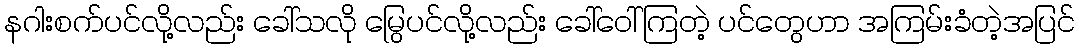
နဂါးစက်ပင်လို့လည်း ခေါ်သလို မြွေပင်လို့လည်း ခေါ်ဝေါ်ကြတဲ့ ပင်တွေဟာ အကြမ်းခံတဲ့အပြင်